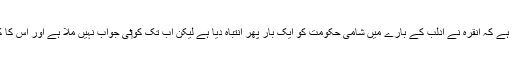
ترکی کے صدر نے دعوی کیا ہے کہ انقرہ نے ادلب کے بارے میں شامی حکومت کو ایک بار پھر انتباہ دیا ہے لیکن اب تک کو‏ئی جواب نہیں ملا ہے اور اس کا کوئی نتیجہ سامنے نہیں آیا ہے۔